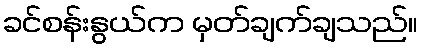
ခင်စန်းနွယ်က မှတ်ချက်ချသည်။